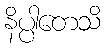
နိပ္ပါတေသိ